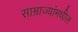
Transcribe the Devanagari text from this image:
साम्राज्यांमधील